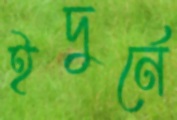
ইদুর্নে